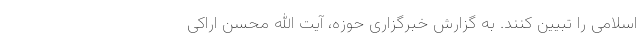
اسلامی را تبیین کنند. به گزارش خبرگزاری حوزه، آیت الله محسن اراکی